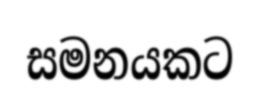
සමනයකට